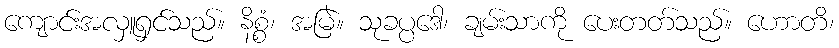
ကျောင်းအလှူရှင်သည်။ နိစ္စံ၊ အမြဲ။ သုခပ္ပဒေါ၊ ချမ်းသာကို ပေးတတ်သည်။ ဟောတိ၊